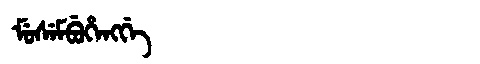
Manchu: ᠮᡠᠰᡝᠮᠪᡠᡥᡝᠩᡤᡝ
Romanization: MUSEMBUHENGGE